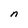
Character: n